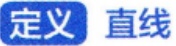
定义 直线